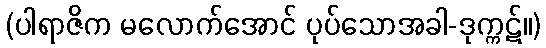
(ပါရာဇိက မလောက်အောင် ပုပ်သောအခါ-ဒုက္ကဋ်။)